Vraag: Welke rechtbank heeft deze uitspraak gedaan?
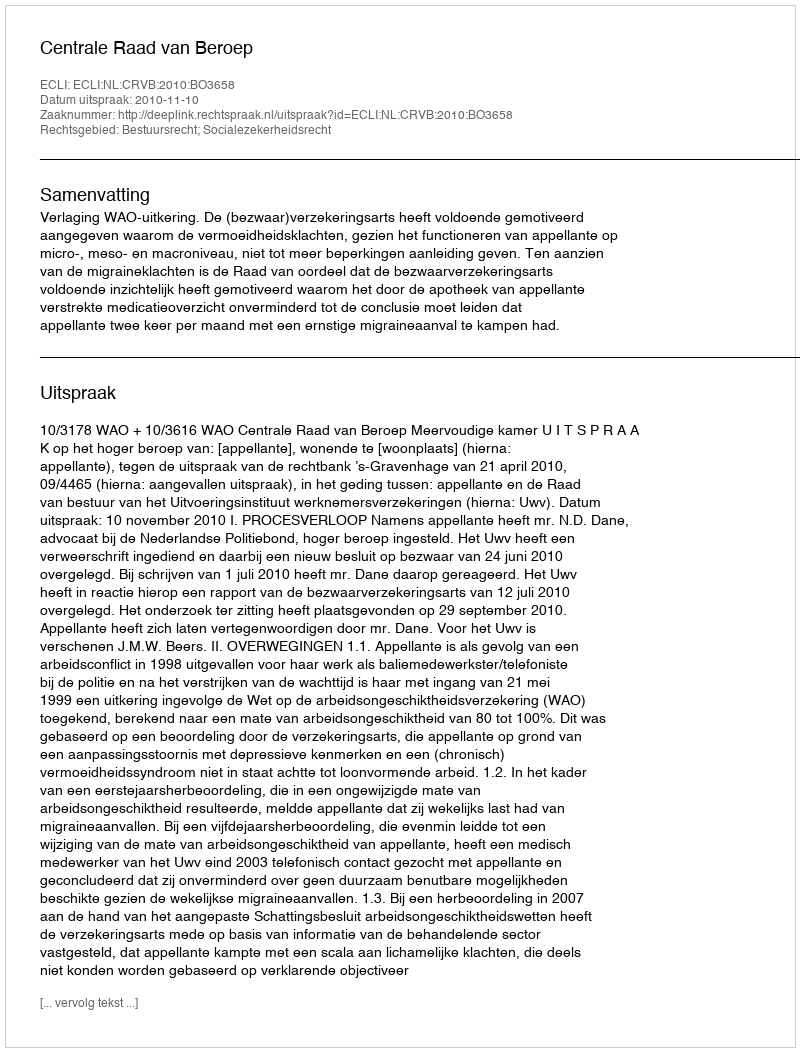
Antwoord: Centrale Raad van Beroep